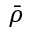
\bar { \rho }